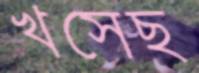
খসেছ